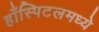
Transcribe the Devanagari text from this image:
हाँस्पिटलमध्ये